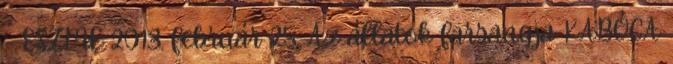
- ESZME 2013. február 25. Az állatok farsangja KABÓCA